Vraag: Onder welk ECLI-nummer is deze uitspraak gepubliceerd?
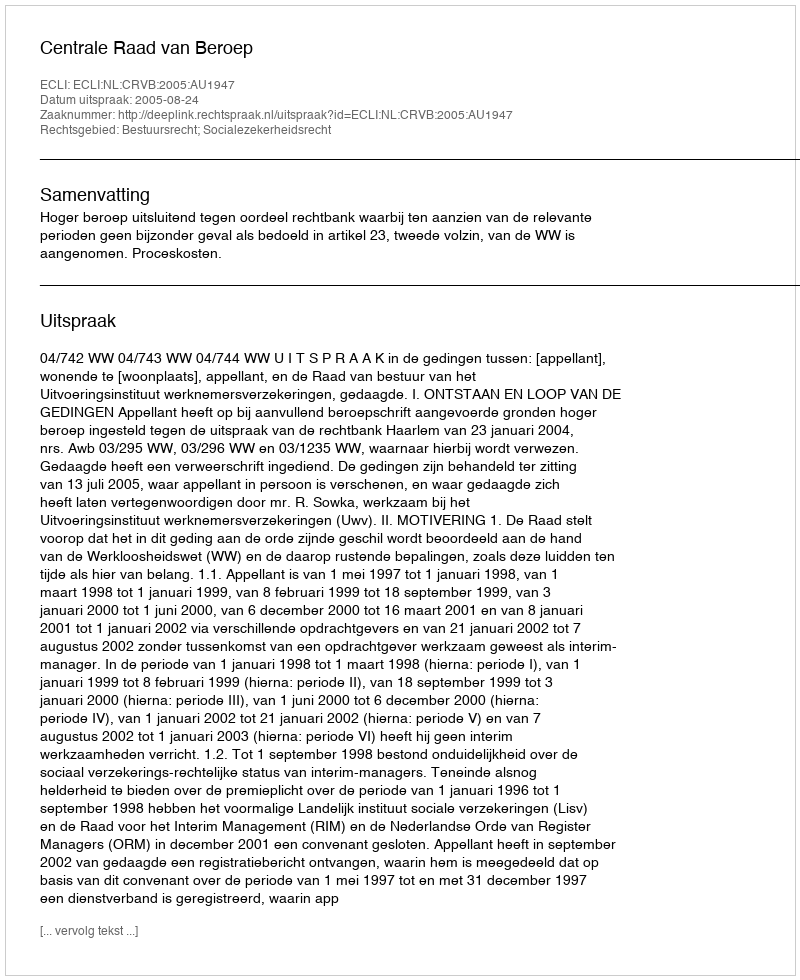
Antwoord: ECLI:NL:CRVB:2005:AU1947